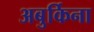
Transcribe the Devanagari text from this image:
अबुर्किना